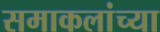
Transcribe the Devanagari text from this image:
समाकलांच्या